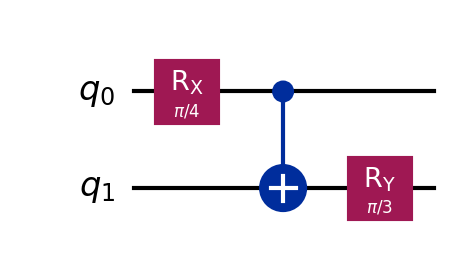
Description: Parameter shift rule demonstration circuit
描述: 参数偏移规则演示电路
Category: variational (difficulty: intermediate)
Qubits: 2, circuit depth: 3

Braket implementation:
import math
from braket.circuits import Circuit
circuit = Circuit()
circuit.rx(0, math.pi / 4)
circuit.cnot(0, 1)
circuit.ry(1, math.pi / 3)